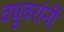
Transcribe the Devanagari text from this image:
वधूवरांनीं